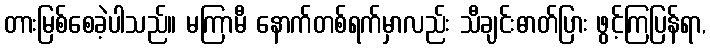
တားမြစ်စေခဲ့ပါသည်။ မကြာမီ နောက်တစ်ရက်မှာလည်း သီချင်းဓာတ်ပြား ဖွင့်ကြပြန်ရာ,